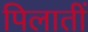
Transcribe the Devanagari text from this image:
पिलातीं